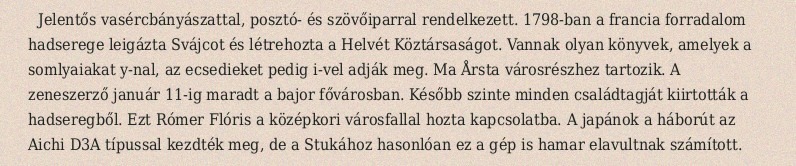
Jelentős vasércbányászattal, posztó- és szövőiparral rendelkezett. 1798-ban a francia forradalom hadserege leigázta Svájcot és létrehozta a Helvét Köztársaságot. Vannak olyan könyvek, amelyek a somlyaiakat y-nal, az ecsedieket pedig i-vel adják meg. Ma Årsta városrészhez tartozik. A zeneszerző január 11-ig maradt a bajor fővárosban. Később szinte minden családtagját kiirtották a hadseregből. Ezt Rómer Flóris a középkori városfallal hozta kapcsolatba. A japánok a háborút az Aichi D3A típussal kezdték meg, de a Stukához hasonlóan ez a gép is hamar elavultnak számított.